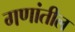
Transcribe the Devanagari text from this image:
गणांतील